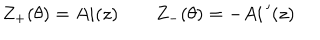
LaTeX: Z _ { + } ( \theta ) = A i ( z ) \qquad Z _ { - } ( \theta ) = - A i \, ^ { \prime } ( z )